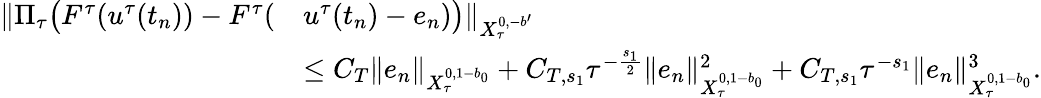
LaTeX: \begin{array}{rl}{\Vert\Pi_{\tau}\bigl(F^{\tau}(u^{\tau}(t_{n}))-F^{\tau}(}&{u^{\tau}(t_{n})-e_{n})\bigr)\Vert_{X_{\tau}^{0,-b^{\prime}}}}\\ &{\leq C_{T}\| e_{n}\| _{X_{\tau}^{0,1-b_{0}}}+C_{T,s_{1}}\tau^{-{\frac{s_{1}}{2}}}\| e_{n}\| _{X_{\tau}^{0,1-b_{0}}}^{2}+C_{T,s_{1}}\tau^{-s_{1}}\| e_{n}\| _{X_{\tau}^{0,1-b_{0}}}^{3}.}\end{array}